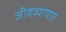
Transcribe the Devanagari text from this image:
जीवव्यापार